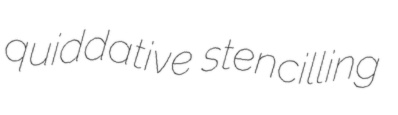
quiddative stencilling